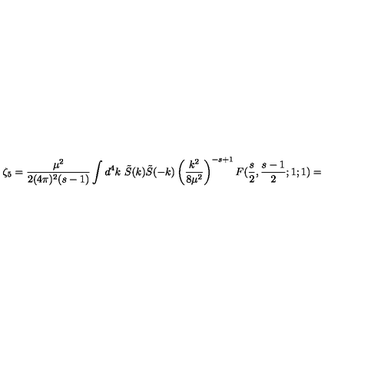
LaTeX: \zeta _ { 5 } = \frac { \mu ^ { 2 } } { 2 ( 4 \pi ) ^ { 2 } ( s - 1 ) } \int d ^ { 4 } k \ \tilde { S } ( k ) \tilde { S } ( - k ) \left( \frac { k ^ { 2 } } { 8 \mu ^ { 2 } } \right) ^ { - s + 1 } F ( \frac { s } { 2 } , \frac { s - 1 } { 2 } ; 1 ; 1 ) =